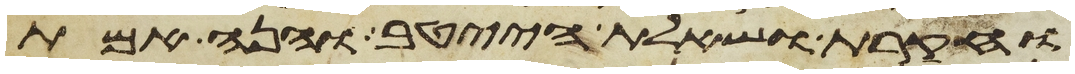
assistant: וחקרת ושאלת הייטב והנה אמת